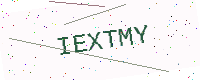
Text: IEXTMY